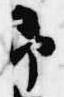
即